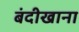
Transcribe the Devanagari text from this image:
बंदीखाना